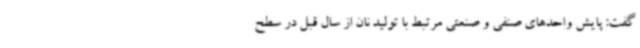
گفت: پایش واحدهای صنفی و صنعتی مرتبط با تولید نان از سال قبل در سطح